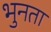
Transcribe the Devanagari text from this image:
भुनता